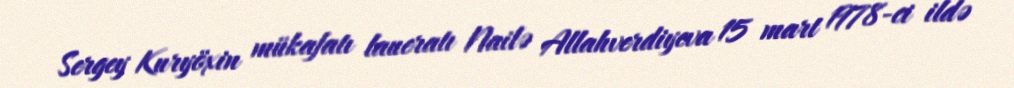
Sergey Kuryöxin mükafatı laueratı Nailə Allahverdiyeva 15 mart 1978-ci ildə